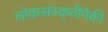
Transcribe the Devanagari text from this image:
लोकसंस्कृतीपैकी